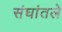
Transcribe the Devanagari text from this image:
संघांतले